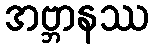
အဗ္ဘာနဿ